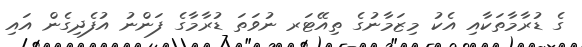
ގެ ޑުރާމާތަކާއި އެކު މިޒަމާނުގެ ތިއޭޓަރ ނުވަތަ ޑުރާމާގެ ފަންނު އުފެދިގެން އައި